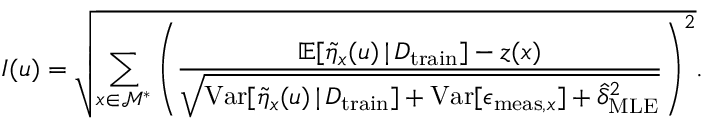
I ( u ) = \sqrt { \sum _ { x \in \mathcal { M } ^ { * } } \left( \frac { \mathbb { E } [ \Tilde { \eta } _ { x } ( u ) \, \vert \, D _ { \mathrm { t r a i n } } ] - z ( x ) } { \sqrt { \mathrm { V a r } [ \Tilde { \eta } _ { x } ( u ) \, \vert \, D _ { \mathrm { t r a i n } } ] + \mathrm { V a r } [ \epsilon _ { \mathrm { m e a s } , x } ] + \hat { \delta } _ { \mathrm { M L E } } ^ { 2 } } } \right) ^ { 2 } } .